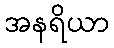
အနရိယာ